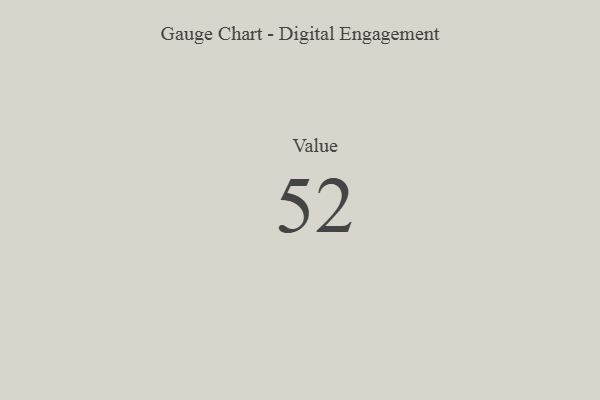
{"axis": {"x": "Metric", "y": "Value"}, "legend": [""], "data": [{"x": "Value", "y": 52, "type": ""}]}